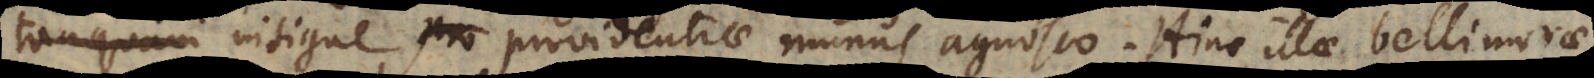
insigne providentiae munus agnosco. Hinc illae belli morae,